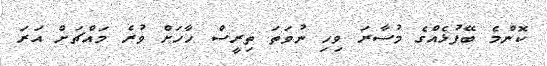
ކޮންމެ ބޭފުޅެއްގެ މުސާރަ ވިހި ނުވަތަ ތިރީސް ހާހަށް ވުރެ މައްޗަށް އަރަ